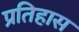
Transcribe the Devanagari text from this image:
प्रतिहास